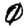
Digit: 0